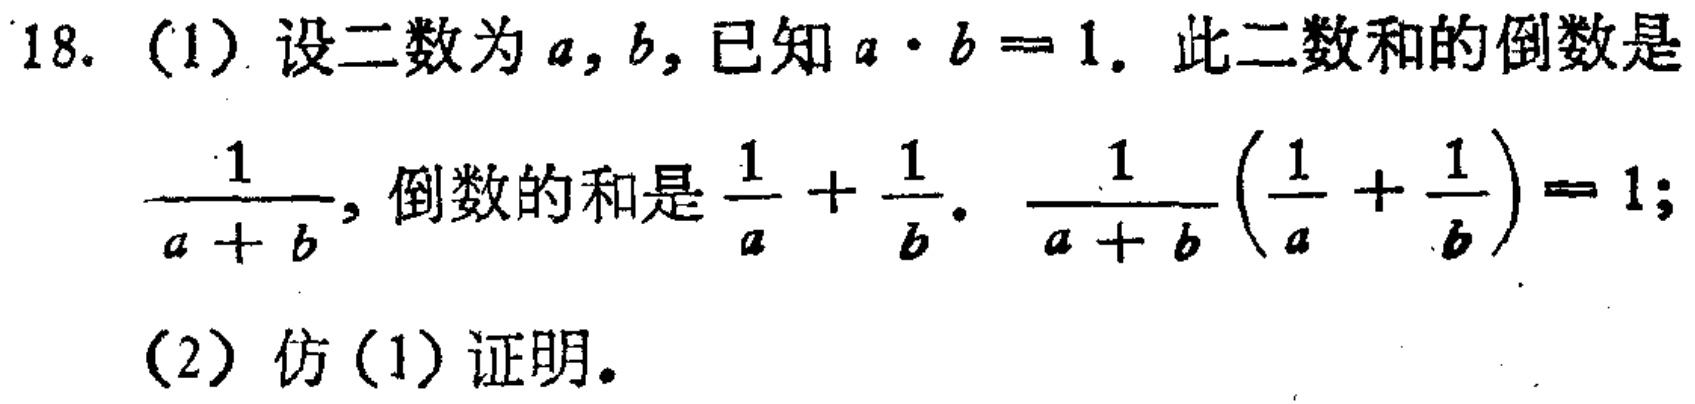
18. (1) 设二数为 \(a,b\)，已知 \(a\cdot b = 1\)。此二数和的倒数是 \(\frac{1}{a + b}\)，倒数的和是 \(\frac{1}{a}+\frac{1}{b}\)。\(\frac{1}{a + b}(\frac{1}{a}+\frac{1}{b}) = 1\)；

(2) 仿 (1) 证明。